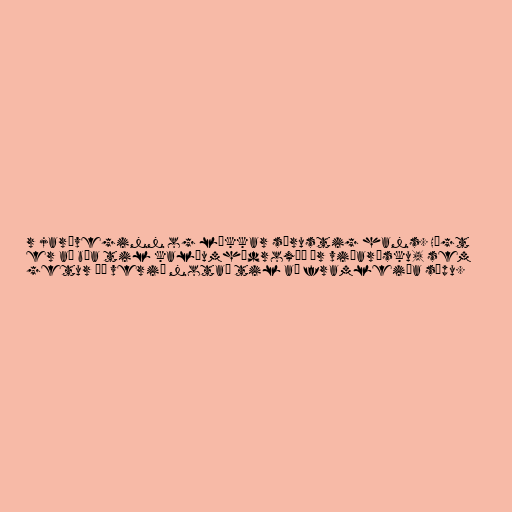
r jarðveginn og lækkar sýrustig hans. Hægt
er að búa til kalíumhýdroxíð úr viðarösku, sem
getur þá verið notað til að framleiða sápu.